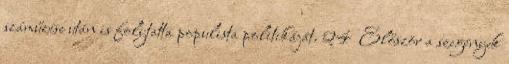
száműzése után is folytatta populista politikáját. 24 Először a szegények